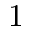
1